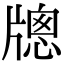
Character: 牕